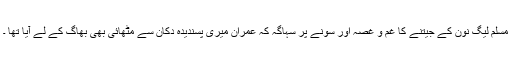
مسلم لیگ نون کے جیتنے کا غم و غصہ اور سونے پر سہاگہ کہ عمران میری پسندیدہ دکان سے مٹھائی بھی بھاگ کے لے آیا تھا ۔